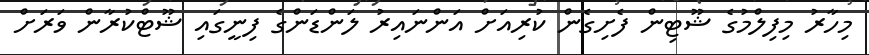
މިހާރު މިފިލްމުގެ ޝޫޓިން ފެށިގެން ކުރިއަށް އަންނައިރު ލަންޑަންގެ ފިނީގައި ޝޫޓްކުރާން ވަރަށް